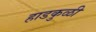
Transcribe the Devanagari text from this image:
हाडकुळी